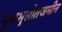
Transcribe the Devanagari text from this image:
भुसभुसीतजमीन